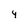
Character: 4